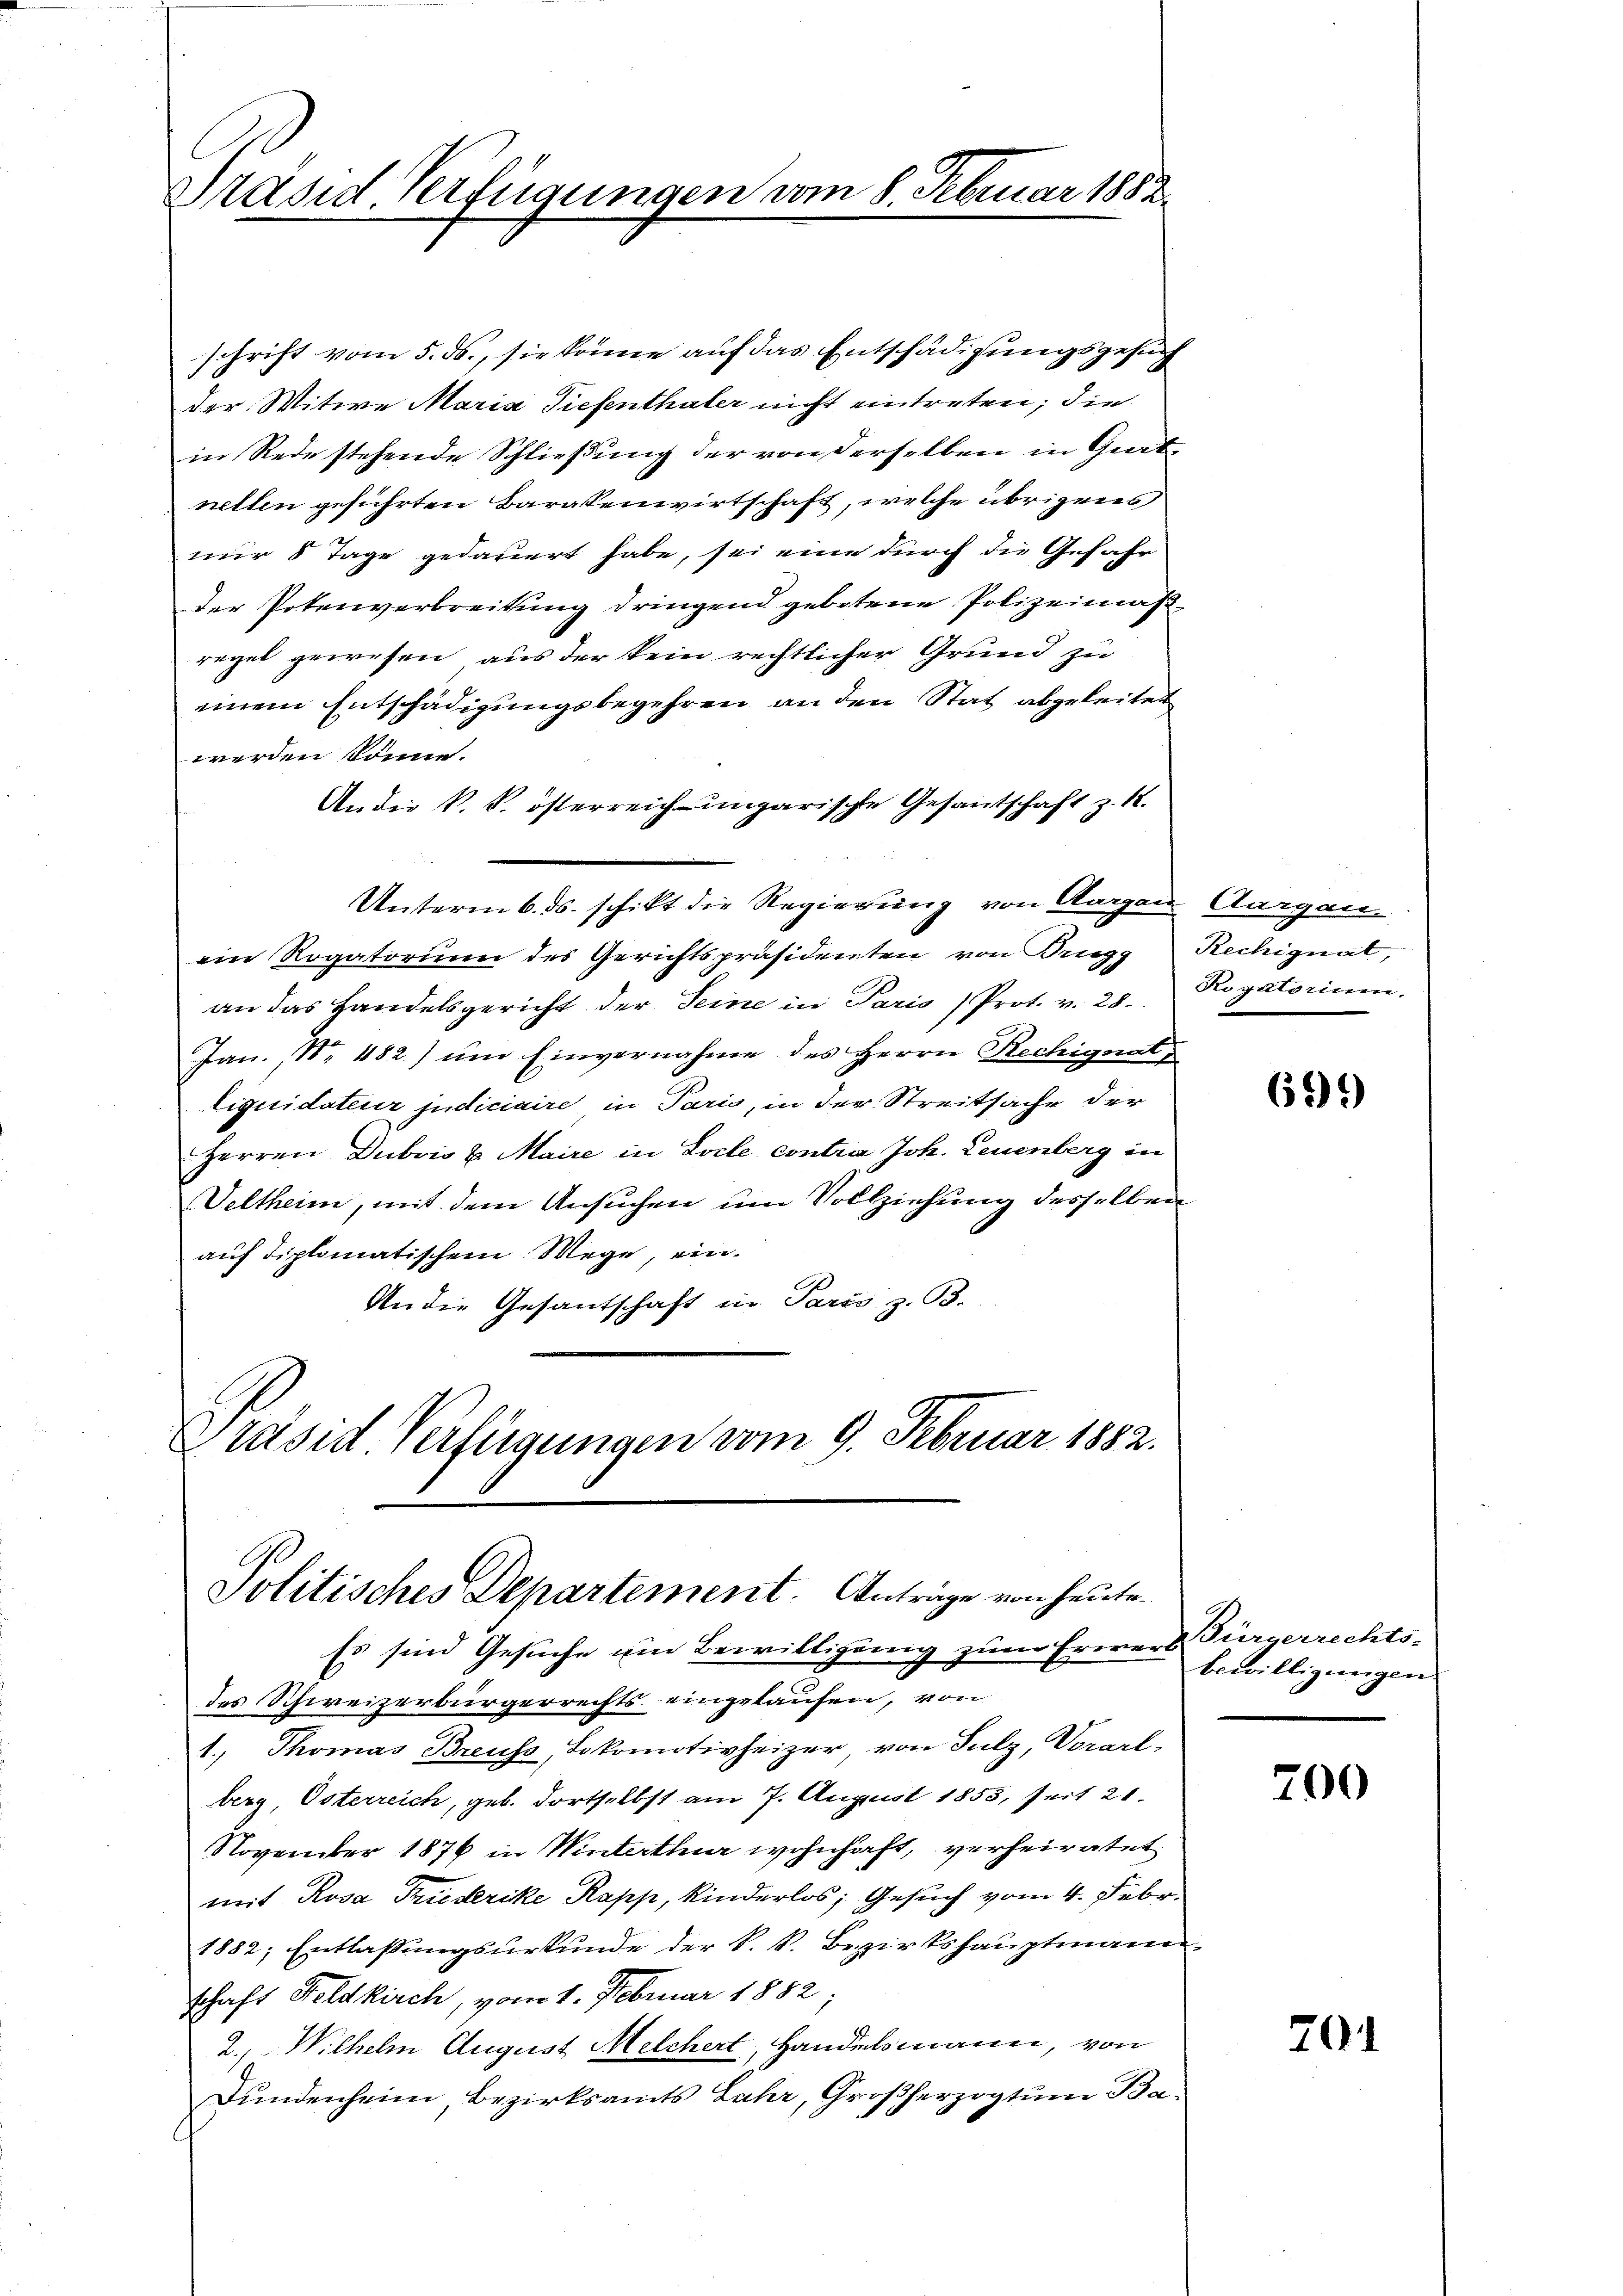
Präsid. Verfügungen vom 8. Februar 1882

schrift vom 5. ds., sie könne auf das Entschädigungsgesuch
der Witwe Maria Tiefenthaler nicht eintreten; die
in Rede stehende Schließung der von derselben in Girtnetten geführten Baratenwirtschaft, welche übrigens
nur 8 Tage gedauert habe, sei eine durch die Gefahr
der Potenverbreitung dringend gebotene Polizeimaßregel gewesen aus der kein rechtlicher Grund zu
einem Entschädigungsbegehren an den Stat abgeleitet
werden könne.
An die k. k. österreich-ungarische Gesantschaft z. 1.
Unterm 6. ds. schikt die Regierung von Aargau, Aargau
ein Rogatorium des Gerichtspräsidenten von Briegg Rechignat,
an das Handelsgericht der Seine in Paris Prot. v. 28. Rogatorium.
Jan., Nr. 482) ŭm Einvernahme des Herrn Rechignat
liquidateur judiciaire, in Paris, in der Streitsache der
Herren Dubois u. Maire in Loile contra Joh. Leuenberg in
Veltheim, mit dem Ansuchen um Vollziehung desselben
auf diplomatischem Wege, ein.
An die Gesantschaft in Paris, z. B.
Präsid Verfügungen vom 9. Februar 1882.

Politisches Departement. Anträge von heute.

Es sind Gesuche um Bewilligung zum Erwert Bürgerrechtsdes Schweizerbürgerrechts eingelaufen, von
1. Thomas Breuss, Lokomotivheizer, von Sulz, Vorarl-
berg, Osterreich, geb. dortselbst am 7. August 1855, seit 21.
November 1876 in Winterthur wohnhaft, verheiratet
mit Rosa Triesterike Rapp, Kinderlos; Gesuch vom 4. Febr.
1882; Entlaßungsurkunde der k. k. Bezirkshauptmann
schaft Feldkirch, vom 1. Februar 1882;
2., Wilhelm August Melchert, Handelsmann, von
Bundenheim, Bezirksamts Jahr, Großherzogtum Ba¬

699)

bewilligungen.

700

70